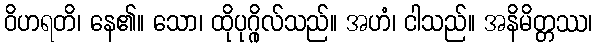
ဝိဟရတိ၊ နေ၏။ သော၊ ထိုပုဂ္ဂိုလ်သည်။ အဟံ၊ ငါသည်။ အနိမိတ္တဿ၊